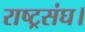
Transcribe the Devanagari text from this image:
राष्ट्रसंघ।